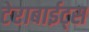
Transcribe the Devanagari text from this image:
टेराबाईट्स